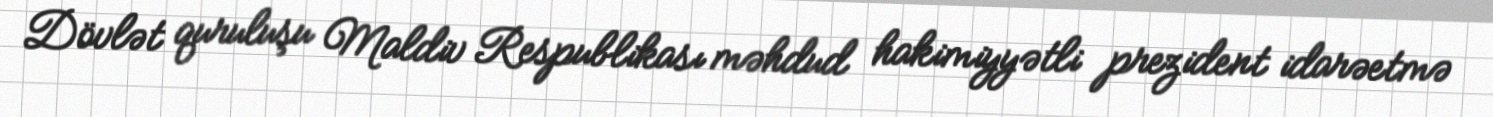
Dövlət quruluşu Maldiv Respublikası məhdud hakimiyyətli prezident idarəetmə